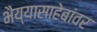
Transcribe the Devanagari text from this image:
भैय्यासाहेबांवर